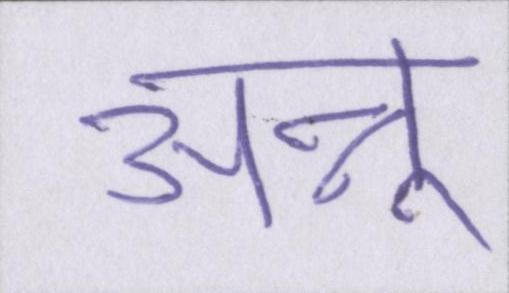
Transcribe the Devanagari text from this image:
अन्नू